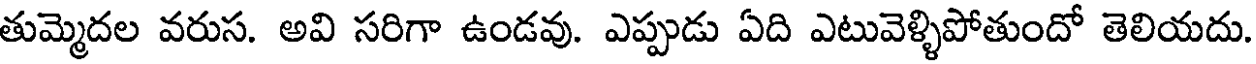
తుమ్మెదల వరుస. అవి సరిగా ఉండవు. ఎప్పుడు ఏది ఎటువెళ్ళిపోతుందో తెలియదు